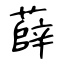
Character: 薛